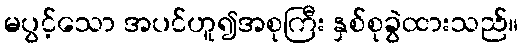
မပွင့်သော အပင်ဟူ၍အစုကြီး နှစ်စုခွဲထားသည်။